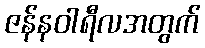
ဇန်နဝါရီလအတွက်